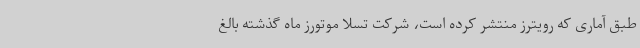
طبق آماری که رویترز منتشر کرده است، شرکت تسلا موتورز ماه گذشته بالغ